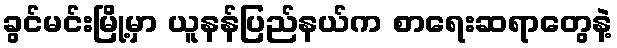
ခွင်မင်းမြို့မှာ ယူနန်ပြည်နယ်က စာရေးဆရာတွေနဲ့